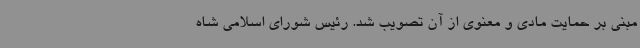
مبنی ‌بر حمایت مادی و معنوی از آن تصویب شد. رئیس شورای اسلامی شاه